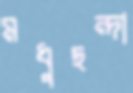
মধুছন্দা